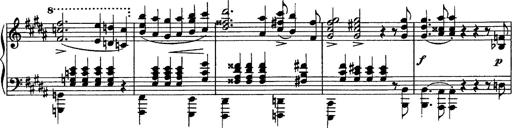
Title: Piano Sonata
Composer: Karl HÃ¤ssler
Key: C major